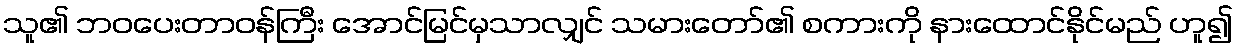
သူ၏ ဘဝပေးတာဝန်ကြီး အောင်မြင်မှသာလျှင် သမားတော်၏ စကားကို နားထောင်နိုင်မည် ဟူ၍